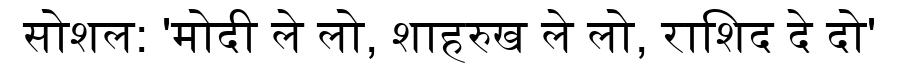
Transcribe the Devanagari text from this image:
सोशल: 'मोदी ले लो, शाहरुख ले लो, राशिद दे दो'